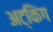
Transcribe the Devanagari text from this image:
अट्किंग